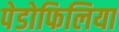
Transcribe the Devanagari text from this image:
पेडोफिलिया